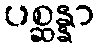
ပစ္ဆန္နာ